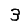
Digit: 3